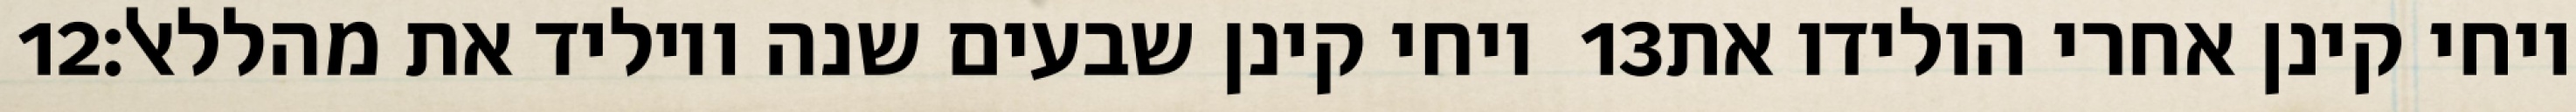
‎12‏ ויחי קינן שבעים שנה ויוליד את מהללאל׃ ‎13‏ ויחי קינן אחרי הולידו את